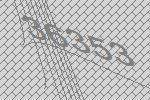
36353